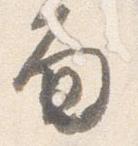
面